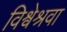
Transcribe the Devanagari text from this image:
विश्वेश्रवा